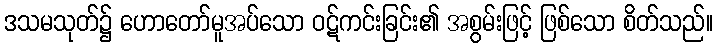
ဒသမသုတ်၌ ဟောတော်မူအပ်သော ဝဋ်ကင်းခြင်း၏ အစွမ်းဖြင့် ဖြစ်သော စိတ်သည်။